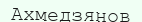
Ахмедзянов